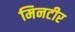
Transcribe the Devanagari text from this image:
मिनटीर